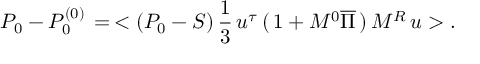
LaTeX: P _ { 0 } - P _ { 0 } ^ { ( 0 ) } \, = \, < ( P _ { 0 } - S ) \, { \frac { 1 } { 3 } } \, u ^ { \tau } \, ( \, 1 + M ^ { 0 } \overline { { \Pi } } \, ) \, M ^ { R } \, u > .